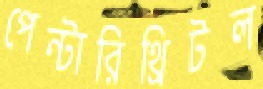
পেন্টারিথ্রিটল